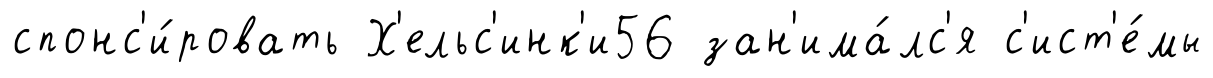
спонс'и́ровать Х'ельс'инк'и56 зан'има́лс'я с'ист'е́мы